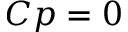
C p = 0